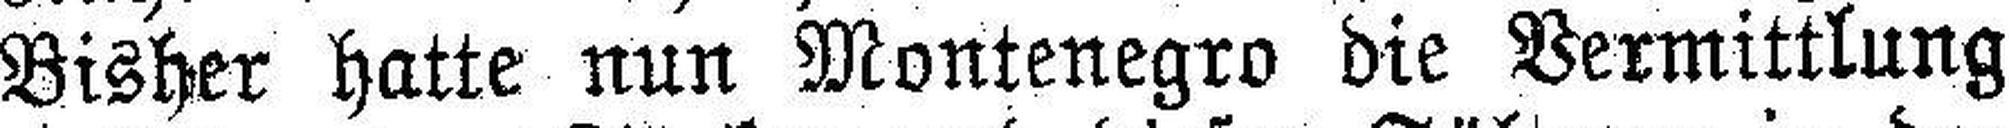
Bisher hatte nun Montenegro die Vermittlung